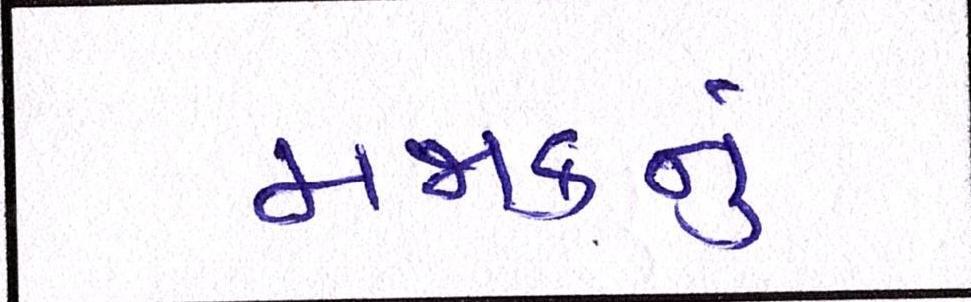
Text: મજાકનું